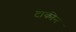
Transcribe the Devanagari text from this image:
टाकीन